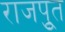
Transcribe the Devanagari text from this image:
राजपूुत